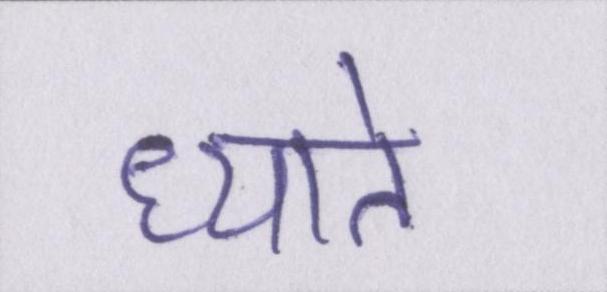
ध्याते